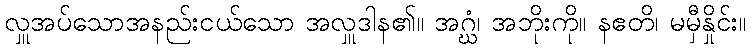
လှူအပ်သောအနည်းငယ်သော အလှူဒါန၏။ အဂ္ဃံ၊ အဘိုးကို။ နဧတိ၊ မမှီနှိုင်း။